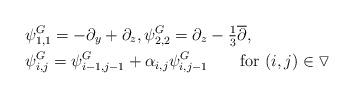
LaTeX: \begin{align*}&\psi^G_{1,1} = -\partial_y+\partial_z, \psi^G_{2,2} = \partial_z- \textstyle \frac 1 3 \overline \partial, \\&\psi^G_{i,j} = \psi^G_{i-1,j-1} +\alpha_{i,j} \psi^G_{i,j-1} \ \ \ \ \ \ {\rm for} \ (i,j)\in \triangledown\end{align*}